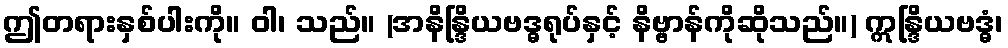
ဤတရားနှစ်ပါးကို။ ဝါ၊ သည်။ (အနိန္ဒြိယဗဒ္ဓရုပ်နှင့် နိဗ္ဗာန်ကိုဆိုသည်။) ဣန္ဒြိယဗဒ္ဓံ၊